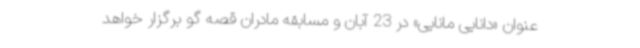
عنوان «دانایی مانایی» در 23 آبان و مسابقه مادران قصه گو برگزار خواهد